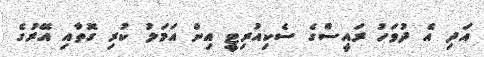
އަދި އެ ދުވަހު ރައީސްގެ ސެކިއުރިޓީ އިން އަމަލު ކުރި ގޮތާއި އޭރުގެ